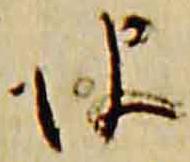
彼